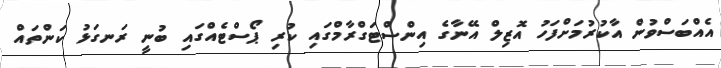
އެއްބަސްވުން އާކުރުމަށްފަހު އޮޒިލް އޭނާގެ އިންސްޓަގްރާމްގައި ކުރި ޕޯސްޓެއްގައި ބުނީ ރަނގަޅު ކަންތައް